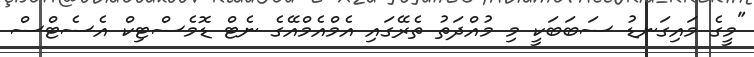
"މީގެ މައިގަނޑު ސަބަބަކީ މި މުއްދަތު ތެރޭގައި އެމްއެމްއޭގެ ނެޓް ޑޮމެސްޓިކް އެސެޓްސް